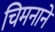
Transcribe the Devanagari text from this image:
चिमनाने